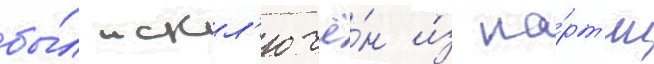
бы́л искл'ючё́н и́з па́рт'ии